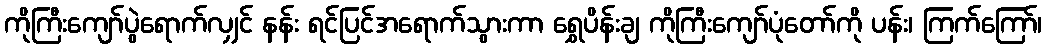
ကိုကြီးကျော်ပွဲရောက်လျှင် နန်း ရင်ပြင်အရောက်သွားကာ ရွှေပိန်းချ ကိုကြီးကျော်ပုံတော်ကို ပန်း၊ ကြက်ကြော်၊